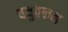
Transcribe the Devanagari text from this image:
चत्रुक्कन